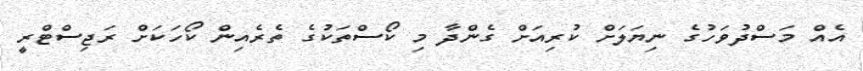
އެއް މަސްދުވަހުގެ ނިޔަލަށް ކުރިއަށް ގެންދާ މި ކޯސްތަކުގެ ތެރެއިން ކޯހަކަށް ރަޖިސްޓްރީ